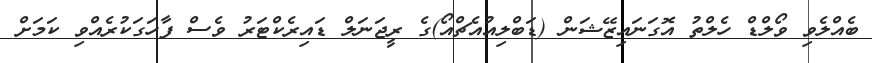
ބެއްލެވި ވޯލްޑް ހެލްތު އޮގަނައިޒޭޝަން (ޑަބްލިއުއެޗްއޯ)ގެ ރީޖަނަލް ޑައިރެކްޓަރު ވެސް ފާހަގަކުރެއްވި ކަމަށް